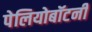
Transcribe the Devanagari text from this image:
पेलियोबॉटनी